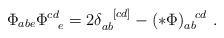
LaTeX: \begin{align*}\Phi_{abe}\Phi^{cd}_{\ \ e}=2\delta_{ab}^{\ \ [cd]} - (*\Phi)_{ab}^{\ \ cd}\ .\end{align*}